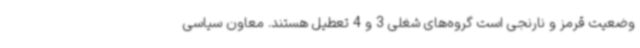
وضعیت قرمز و نارنجی است گروه‌های شغلی 3 و 4 تعطیل هستند. معاون سیاسی